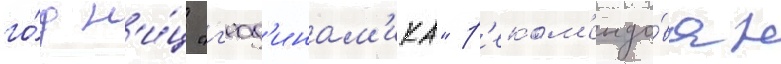
го́д н'и́ц "г'еод'инам'ика" р'еком'ендо́ван